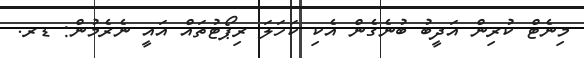
މިނެޓް ކުރިން އަދީބު ބުނެގެން އެކި ކަހަލަ ރިޕޯޓުތައް އައީ ނެރެމުން: ޑރ.